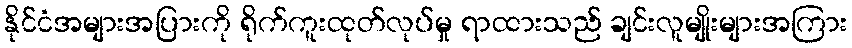
နိုင်ငံအများအပြားကို ရိုက်ကူးထုတ်လုပ်မှု ရာထားသည် ချင်းလူမျိုးများအကြား